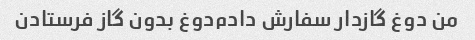
من دوغ گازدار سفارش دادم‌دوغ بدون گاز فرستادن‌